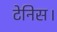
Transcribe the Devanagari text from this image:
टेनिस।